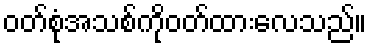
ဝတ်စုံအသစ်ကိုဝတ်ထားလေသည်။